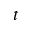
t